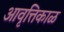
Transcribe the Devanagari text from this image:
आवृत्तिकाळ